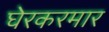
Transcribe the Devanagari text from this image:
घेरकरमार